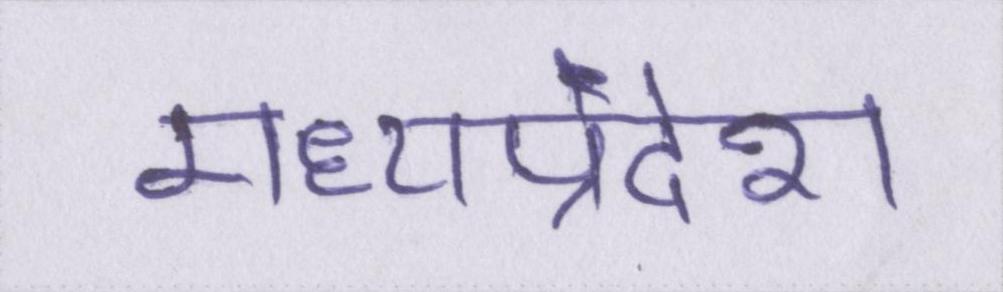
मध्यप्रदेश